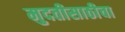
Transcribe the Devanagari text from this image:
मुदतीसाठीचा